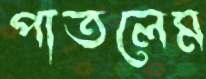
পাতলেম